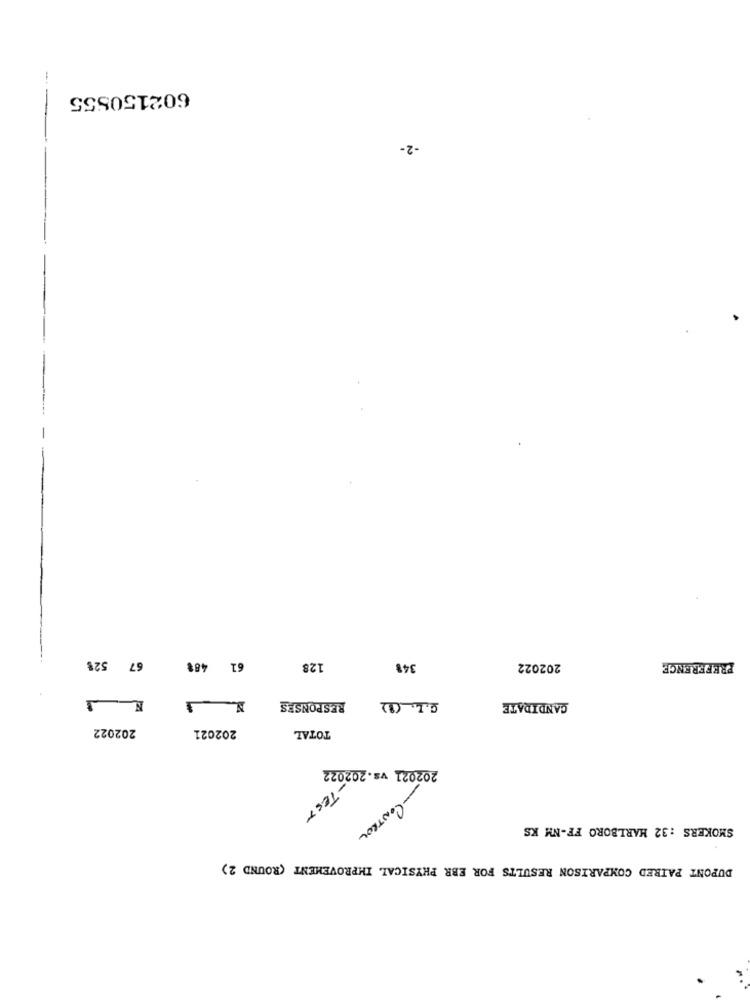
-
602150555
-2-
67 52%
61 488
128
348
202022
PREFERENCE
RESPONSES
G.L. (8)
CANDIDATE
202022
202021
TOTAL
202021 vs.202022
- TEST
SMOKERS : 32 MARLBORO FF-NM KS
- CONTROL
DUPONT PAIRED COMPARISON RESULTS FOR EBR PHYSICAL IMPROVEMENT (ROUND 2)